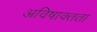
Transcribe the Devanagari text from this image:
अविषाक्तता